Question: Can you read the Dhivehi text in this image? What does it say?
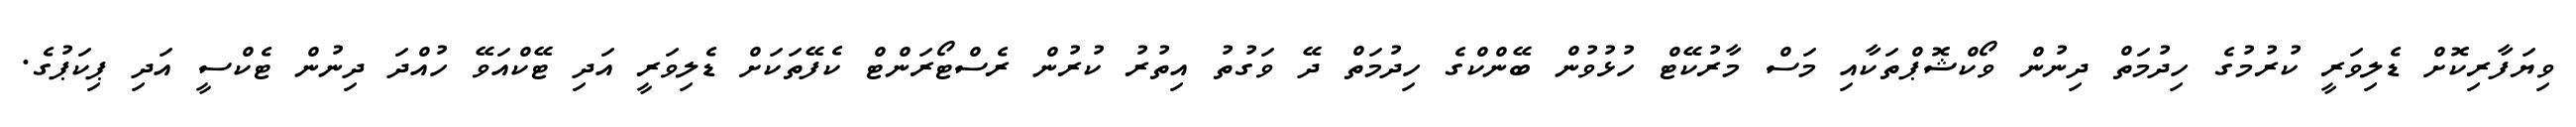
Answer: ވިޔަފާރިކޮށް ޑެލިވަރީ ކުރުމުގެ ހިދުމަތް ދިނުން ވޯކްޝޮޕްތަކާއި މަސް މާރުކޭޓް ހުޅުވުން ބޭންކްގެ ހިދުމަތް ދޭ ވަގުތު އިތުރު ކުރުން ރެސްޓޯރަންޓް ކެފޭތަކަށް ޑެލިވަރީ އަދި ޓޭކްއަވޭ ހުއްދަ ދިނުން ޓެކްސީ އަދި ޕިކަޕުގެ.